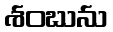
శంబును